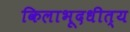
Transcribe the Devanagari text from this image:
किलाभूदधीत्य